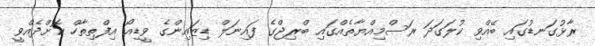
ރާޅުގަނޑުގައި ބޭއްވި ކުލަގަދަ ރަސްމިއްޔާތެއްގައި ބްރިޖްގެ ފައިނަލް ޑިޒައިންގެ ވީޑިއޯ އިފްތިތާހް ކޮށްދެއްވީ